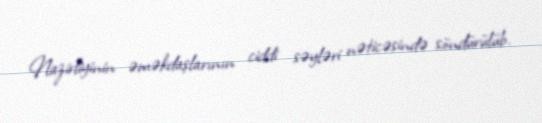
Nazirliyinin əməkdaşlarının ciddi səyləri nəticəsində söndürülüb.